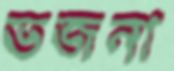
ভজনা